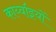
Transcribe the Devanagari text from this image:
कार्य्वाइयों